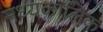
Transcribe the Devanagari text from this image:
मध्यकालिक